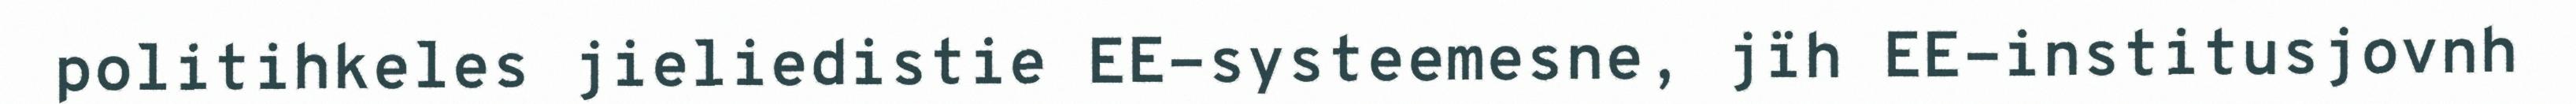
politihkeles jieliedistie EE-systeemesne, jïh EE-institusjovnh